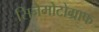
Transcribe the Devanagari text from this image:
सिनेमोटोग्राफ